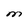
Character: M